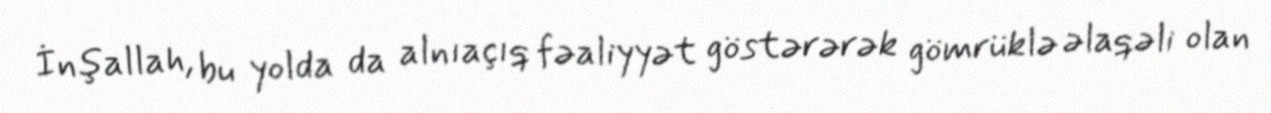
İnşallah, bu yolda da alnıaçıq fəaliyyət göstərərək gömrüklə əlaqəli olan